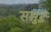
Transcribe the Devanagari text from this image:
समुई